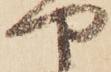
や